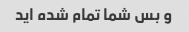
و بس شما تمام شده اید